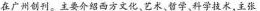
在广州创刊。主要介绍西方文化、艺术，哲学科学技术，主张